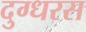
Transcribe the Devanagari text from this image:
दुग्धरस